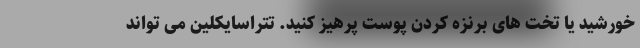
خورشید یا تخت های برنزه کردن پوست پرهیز کنید. تتراسایکلین می تواند